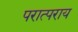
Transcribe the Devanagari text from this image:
परात्पराय